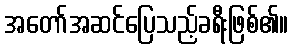
အတော်အဆင်ပြေသည့်ခရီးဖြစ်၏။